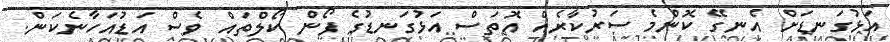
އަޅުގަނޑަށް އެނގޭ ކޮންމެ ސަރުކާރެއް އޮތަސް އަޅުގަނޑުގެ ފޯން ކޯލްތައް ވެސް އަޑުއަހާނެކަން.